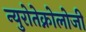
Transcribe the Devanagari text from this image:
न्युरोतेक्नोलोजी